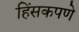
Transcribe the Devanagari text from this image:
हिंसकपणे